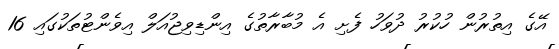
އޭގެ އިތުރުން ހުކުރު ދުވަހު ފެށި އެ މުބާރާތުގެ އިންޑިވިޖުއަލް އިވެންޓުތަކުގައި 16